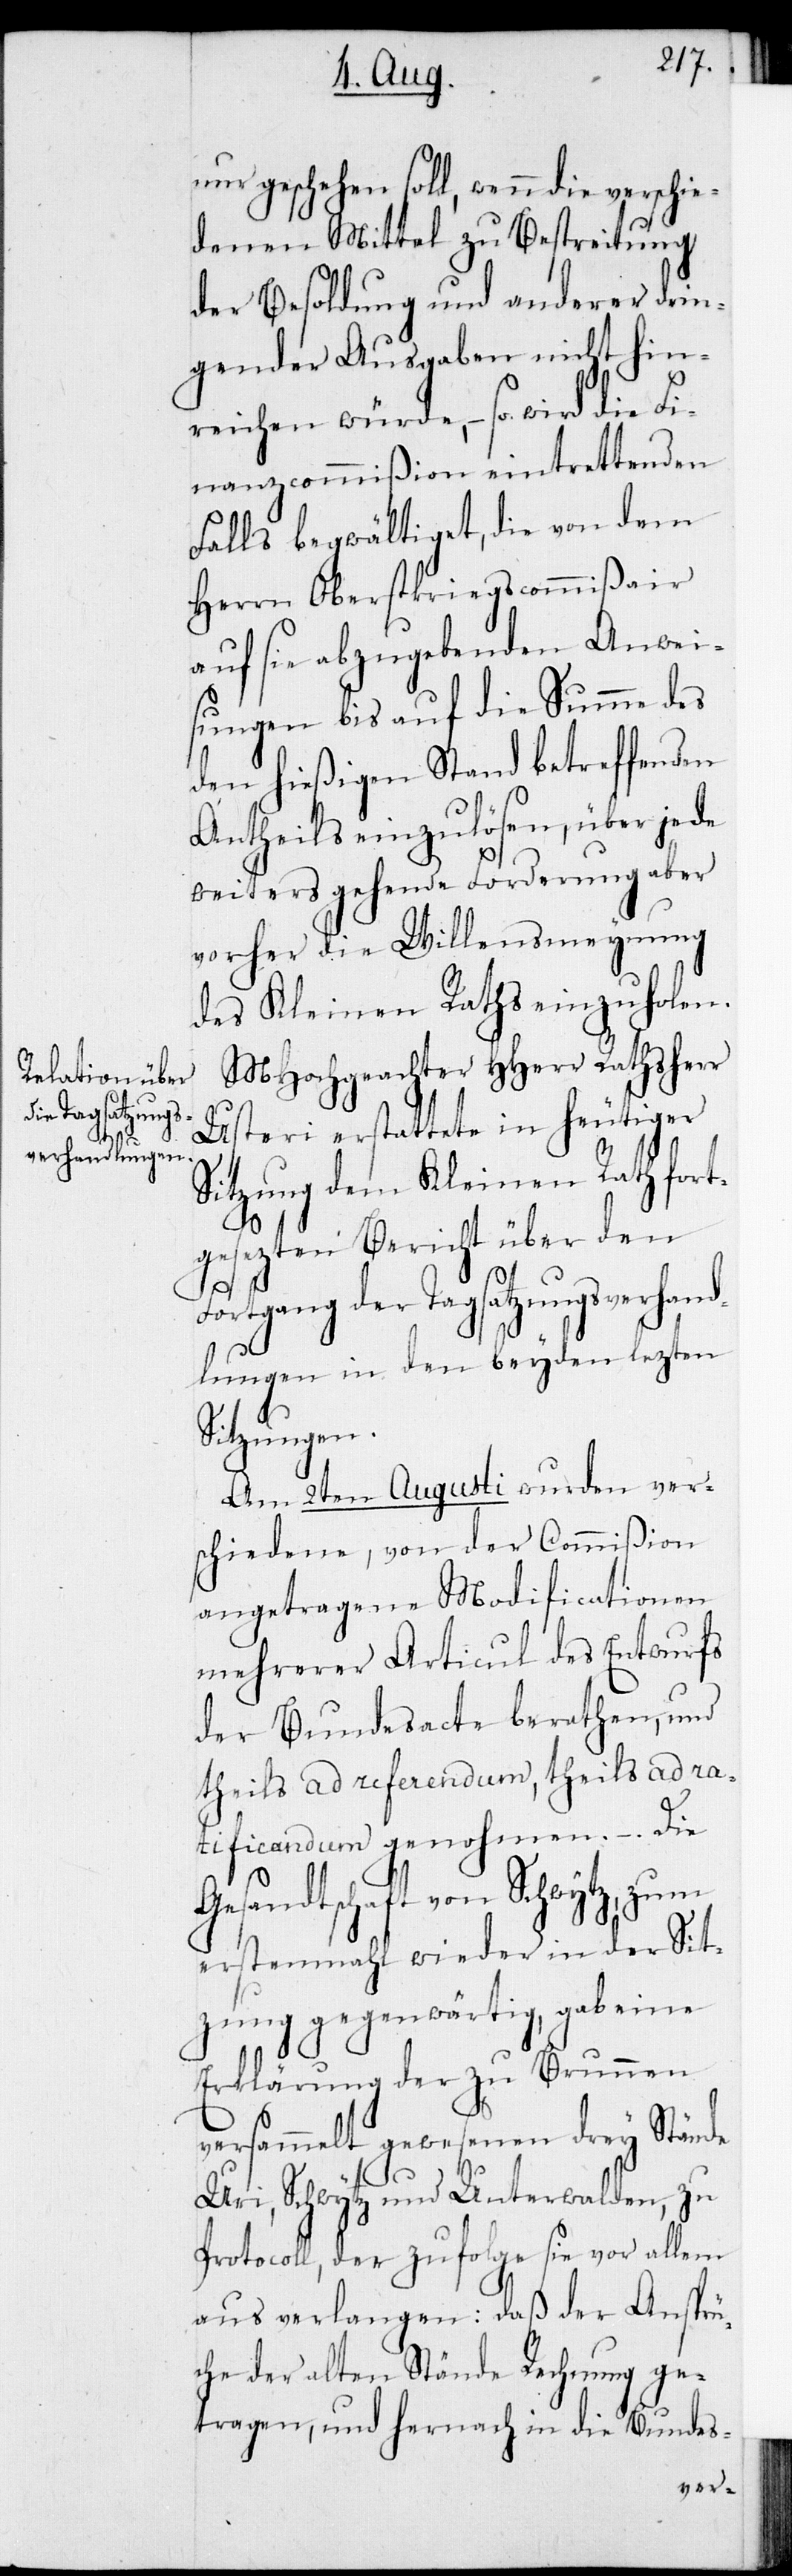
nur geschehen soll, wenn die verschie¬
denen Mittel zu Bestreitung
der Besoldung und anderer drin¬
gender Ausgaben nicht hin¬
reichen würde, – so wird die Fi¬
nanzcommißion eintrettenden
Falls begwältiget, die von dem
Herrn Oberstkriegscommißair
auf sie abzugebenden Anwei¬
sungen bis auf die Summe des
den hießigen Stand betreffenden
Antheils einzulösen, über jede
weiters gehende Forderung aber
vorher die Willensmeynung
des Kleinen Raths einzuholen.
MHochgeachter HHerr Rathsherr
Usteri erstattete in heutiger
Sitzung dem Kleinen Rath fort¬
gesezten Bericht über den
Fortgang der Tagsatzungsverhand¬
lungen in den beyden lezten
Sitzungen.
Am 2ten Augusti wurden ver¬
schiedene, von der Commißion
angetragene Modificationen
mehrerer Articul des Entwurfs
der Bundesacte berathen, und
theils ad referendum, theils ad ra¬
tificandum genohmen. – Die
Gesandtschaft von Schwytz, zum
erstenmahl wieder in der Sit¬
zung gegenwärtig, gab eine
Erklärung der zu Brunnen
versammelt gewesenen drey Stände
Uri, Schwytz und Unterwalden, zu
Protocoll, der zufolge sie vor allem
aus verlangen: daß der Ansprü¬
che der alten Stände Rechnung ge¬
tragen, und hernach in die Bundes-